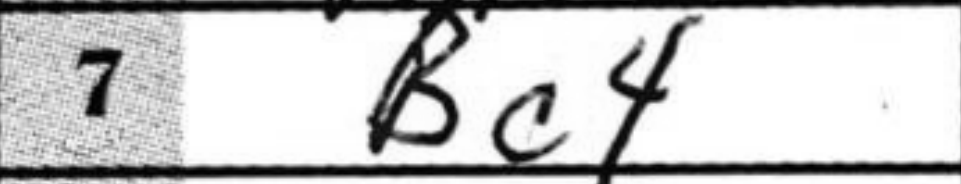
Transcription: Bc4